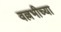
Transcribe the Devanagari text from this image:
वल्लभीच्या